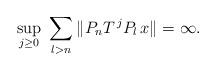
LaTeX: \begin{align*} \sup_{j\ge 0}\ \sum_{l>n}\|P_{n}T^{\,j}P_{l}\,x\|=\infty .\end{align*}